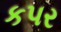
કપર